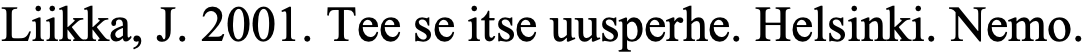
Liikka, J. 2001. Tee se itse uusperhe. Helsinki. Nemo.